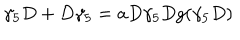
\gamma _ { 5 } D + D \gamma _ { 5 } = a D \gamma _ { 5 } D g ( \gamma _ { 5 } D )